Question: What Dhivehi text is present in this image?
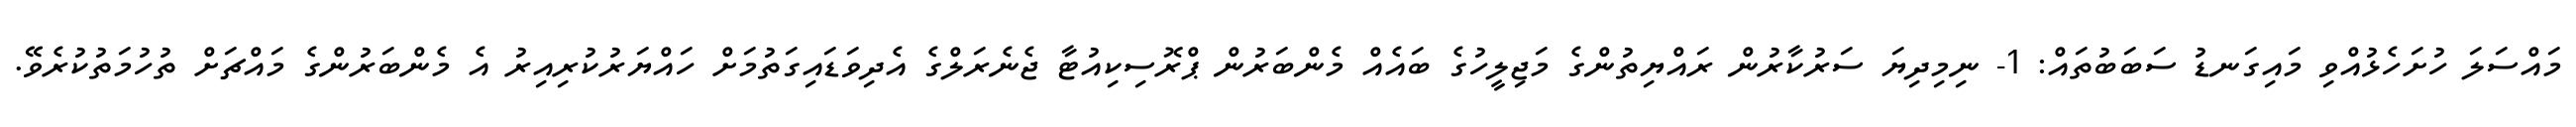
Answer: މައްސަލަ ހުށަހެޅުއްވި މައިގަނޑު ސަބަބުތައް: 1- ނިމިދިޔަ ސަރުކާރުން ރައްޔިތުންގެ މަޖިލީހުގެ ބައެއް މެންބަރުން ޕްރޮސިކިއުޓާ ޖެނެރަލްގެ އެދިވަޑައިގަތުމަށް ހައްޔަރުކުރިއިރު އެ މެންބަރުންގެ މައްޗަށް ތުހުމަތުކުރެވޭ.